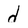
Character: d